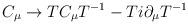
LaTeX: \begin{align*}C_\mu \rightarrow T C_\mu T^{-1} - T i\partial_\mu T^{-1}\end{align*}